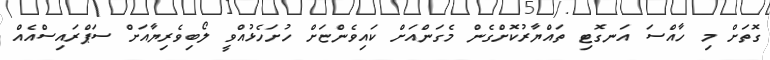
ގޮތަށް މި ހާއްސަ އަނގޮޓި ތައްޔާރުކޮށްގެން މެގަންއަށް ކައިވެންޏަށް ހުށަހެޅުއްވީ ލޯބިވެރިޔާއަށް ސަޕްރައިސްއެއް